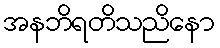
အနဘိရတိသညိနော